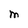
Character: M